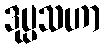
ဒုပ္ပသဟာ